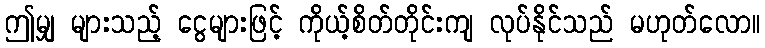
ဤမျှ များသည့် ငွေများဖြင့် ကိုယ့်စိတ်တိုင်းကျ လုပ်နိုင်သည် မဟုတ်လော။